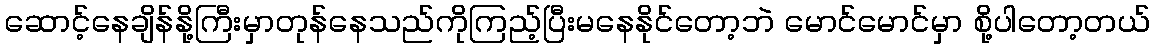
ဆောင့်နေချိန်နို့ကြီးမှာတုန်နေသည်ကိုကြည့်ပြီးမနေနိုင်တော့ဘဲ မောင်မောင်မှာ စို့ပါတော့တယ်